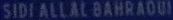
SIDI-ALLAL-BAHRAQUI